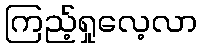
ကြည့်ရှုလေ့လာ